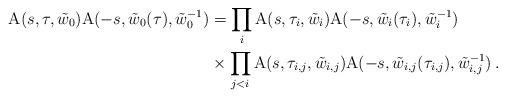
LaTeX: \begin{align*} {\rm A}(s,\tau,\tilde{w}_0) {\rm A}(-s,\tilde{w}_0(\tau),\tilde{w}_0^{-1}) & = \prod_i {\rm A}(s,\tau_i,\tilde{w}_i) {\rm A}(-s,\tilde{w}_i(\tau_i),\tilde{w}_i^{-1}) \\ & \times \prod_{j<i} {\rm A}(s,\tau_{i,j},\tilde{w}_{i,j}) {\rm A}(-s,\tilde{w}_{i,j}(\tau_{i,j}),\tilde{w}_{i,j}^{-1}) \, . \end{align*}